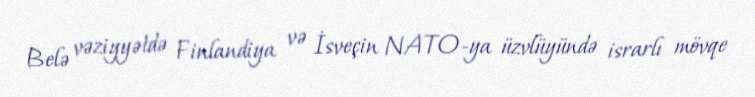
Belə vəziyyətdə Finlandiya və İsveçin NATO-ya üzvlüyündə israrlı mövqe